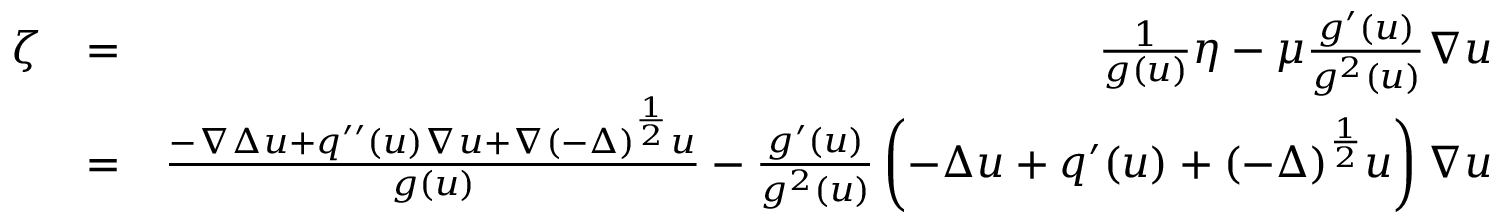
\begin{array} { r l r } { \zeta } & { = } & { \frac { 1 } { g ( u ) } \eta - \mu \frac { g ^ { \prime } ( u ) } { g ^ { 2 } ( u ) } \nabla u } \\ & { = } & { \frac { - \nabla \Delta u + q ^ { \prime \prime } ( u ) \nabla u + \nabla ( - \Delta ) ^ { \frac { 1 } { 2 } } u } { g ( u ) } - \frac { g ^ { \prime } ( u ) } { g ^ { 2 } ( u ) } \left( - \Delta u + q ^ { \prime } ( u ) + ( - \Delta ) ^ { \frac { 1 } { 2 } } u \right) \nabla u } \end{array}